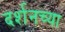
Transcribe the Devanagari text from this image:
दर्शनच्या